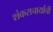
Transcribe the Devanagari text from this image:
शंकराचार्याची